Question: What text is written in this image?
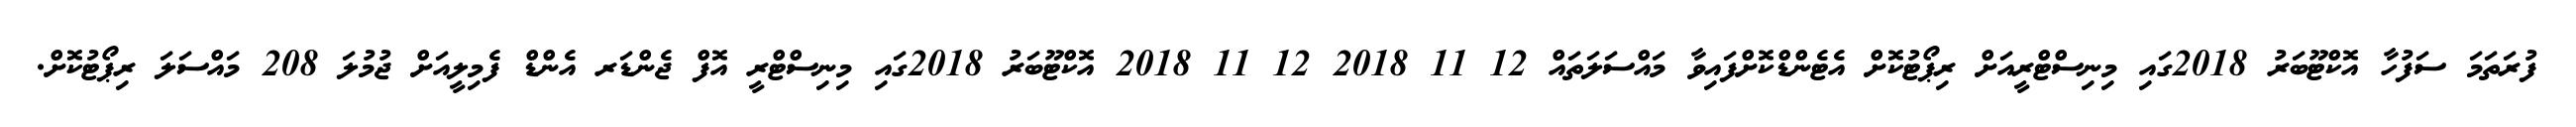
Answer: ފުރަތަމަ ސަފުހާ އޮކްޓޫބަރު 2018ގައި މިނިސްޓްރީއަށް ރިޕޯޓުކޮށް އެޓެންޑްކޮށްފައިވާ މައްސަލަތައް 12 11 2018 12 11 2018 އޮކްޓޫބަރު 2018ގައި މިނިސްޓްރީ އޮފް ޖެންޑަރ އެންޑް ފެމިލީއަށް ޖުމުލަ 208 މައްސަލަ ރިޕޯޓުކޮށް.